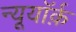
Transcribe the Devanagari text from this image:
न्यूयॉर्क़